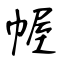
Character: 幄